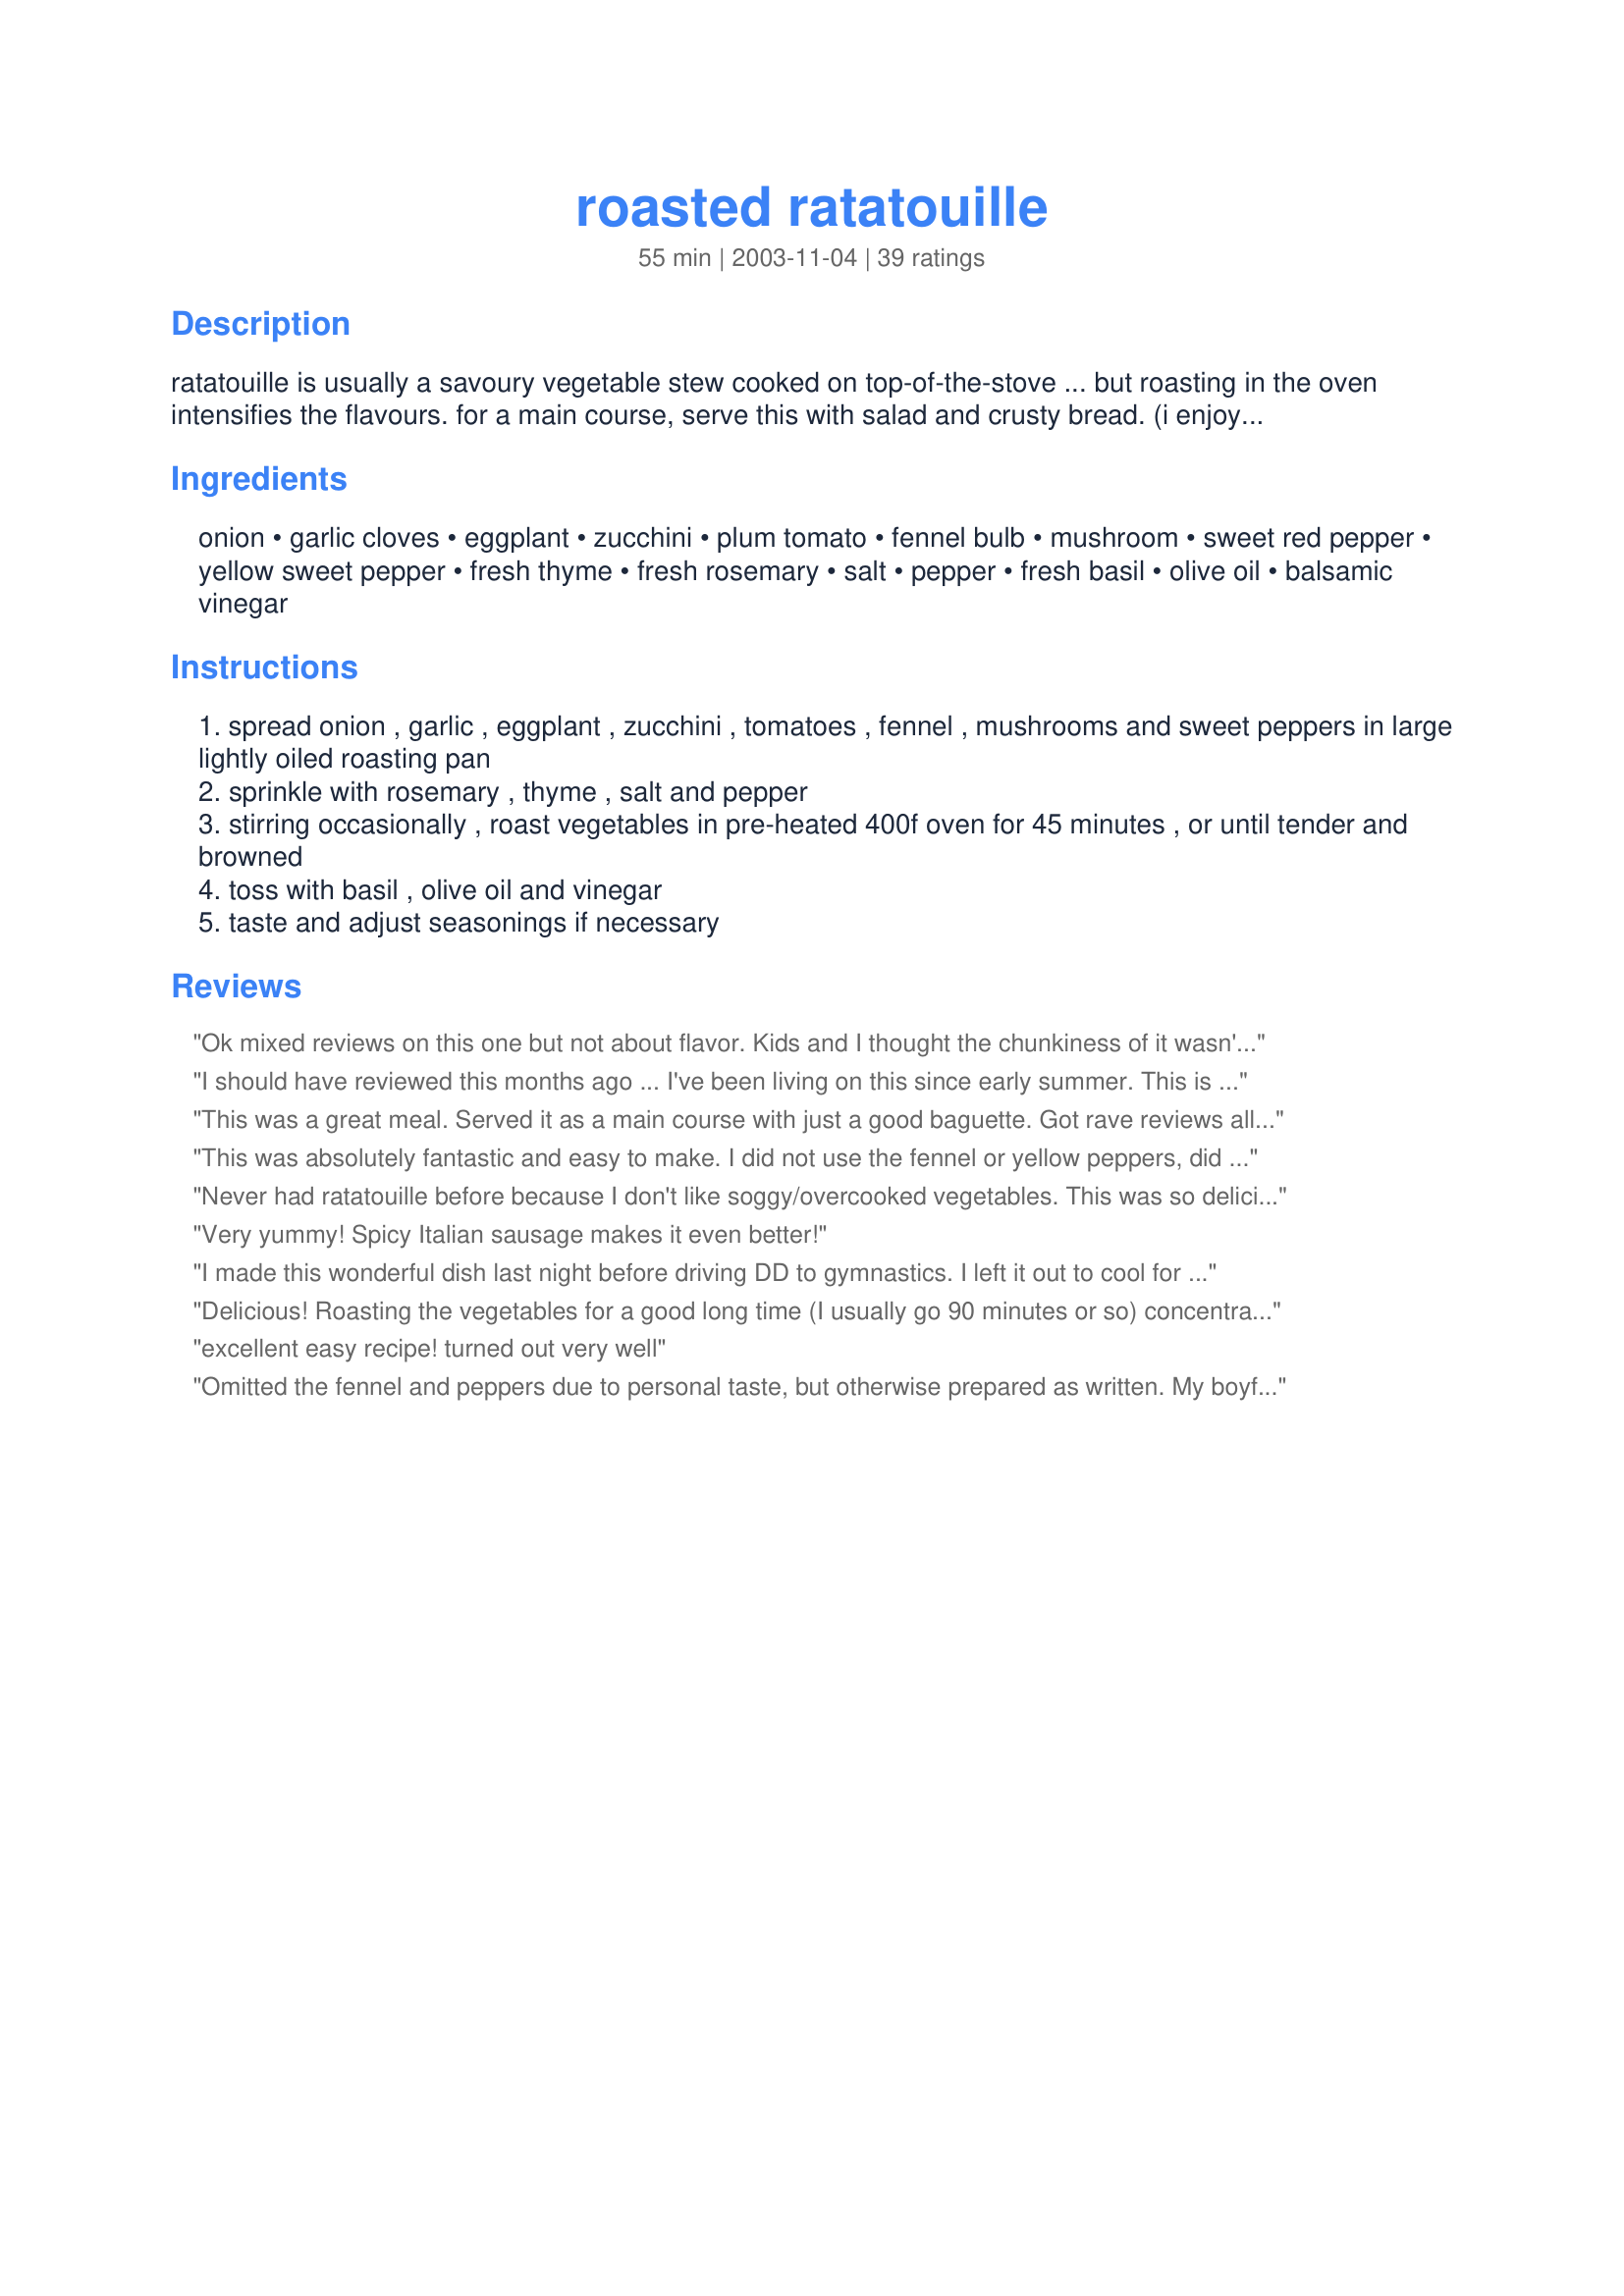
roasted ratatouille
Preparation time: 55 minutes

ratatouille is usually a savoury vegetable stew cooked on top-of-the-stove ... but roasting in the oven intensifies the flavours. for a main course, serve this with salad and crusty bread. (i enjoy it on top of shredded lettuce with a dollop of yogurt cheese.) the recipe comes from bonnie stern's more heartsmart cooking.

Ingredients:
onion, garlic cloves, eggplant, zucchini, plum tomato, fennel bulb, mushroom, sweet red pepper, yellow sweet pepper, fresh thyme, fresh rosemary, salt, pepper, fresh basil, olive oil, balsamic vinegar

Steps:
spread onion , garlic , eggplant , zucchini , tomatoes , fennel , mushrooms and sweet peppers in large lightly oiled roasting pan
sprinkle with rosemary , thyme , salt and pepper
stirring occasionally , roast vegetables in pre-heated 400f oven for 45 minutes , or until tender and browned
toss with basil , olive oil and vinegar
taste and adjust seasonings if necessary

Reviews:
Ok mixed reviews on this one but not about flavor. Kids and I thought the chunkiness of it wasn't our favorite. Though I loved the flavor anyways, just a texture thing I guess. But my husband is a big fan of it. Definitely going to make it again, but for the kids and maybe me, I'll just blend it up a bit to make it more saucy. Thank you!
I should have reviewed this months ago ... I've been living on this since early summer. This is THE best ratatouille recipe I've ever come across. It's the only way I'll prepare it now -- other recipes are too soupy for me. I love the fact that all the vegetables retain their texture and individual flavors, instead of turning into one giant stew. I particularly love the piquancy that the vinegar gives it -- I've been using 1/4 cup white balsamic vinegar to one Tbsp. olive oil, and about a half-cup of fresh basil. I've also started using grape tomatoes instead of plum tomatoes; the grape tomatoes are particularly sweet when roasted (and you don't have to chop up quite as much). This is a fabulous recipe, has helped me lose my final 10 pounds on WW, and I can't thank you enough for posting it!!!
This was a great meal. Served it as a main course with just a good baguette. Got rave reviews all around, even from my mother-in-law's best friend who only eats boxed-meals loved it. Changed the sweet red pepper to Anaheim peppers to add a little spice to it. Tasted perfect.
This was absolutely fantastic and easy to make. I did not use the fennel or yellow peppers, did not have on hand. Will definitely be making this dish again! I think this would be a nice potluck dish.
Never had ratatouille before because I don't like soggy/overcooked vegetables. This was so delicious! My kids "yummed" it right up! I substituted grape tomatoes for the plum tomatoes. Didn't have fennel. Added about 3/4 cup diced feta cheese at the end and used white balsamic vinegar. Thank you for the great recipe!
Very yummy! Spicy Italian sausage makes it even better!
I made this wonderful dish last night before driving DD to gymnastics. I left it out to cool for an hour and then popped it back in the oven to reheat shortly before dinner. However, dinner was delayed and I forgot the ratatouille in the oven. But what I thought was going to be a disaster turned into something wonderful because the vegetables had all caramelized into the most amazing taste. Next time I will cook this for an hour and a half! I used the eggplant, garlic, fennel, leeks, a Vidalia onion, zucchini, and yellow squash. This would be awesome with a winter squash, as well. Thx so much!
**Saved in my Top 2008 Recipes Cookbook!
Delicious! Roasting the vegetables for a good long time (I usually go 90 minutes or so) concentrates their flavor and really elevates this Ratatouille. I use your recipe as a starting point, and add or subtract veggies according to what's in the CSA box. So today no fennel but added in a patty-pan squash and an extra summer squash. I usually serve this on linguine with lots of Romano cheese. Leftovers will be topping pizzas next week. Thanks for a versatile, super-healthy way to eat our vegetables.
excellent easy recipe!
turned out very well
Omitted the fennel and peppers due to personal taste, but otherwise prepared as written. My boyfriend and I practically inhaled it . . . the aroma in the house tempted us the whole time it was in the oven, and it was every bit as good as it smelled! An excellent recipe which I will definitely be making again and again. Thanks!
Man this is good and so low cal. I kind of jockeyed around the vegetables to fit what I had (or forgot to buy) but used the same spice mix and fresh basil/oil/balsamic toss at the end. Used 2 Ichiban eggplant cut about 1"thick, 2 smaller zucchini, grape tomatoes and the rest but the mushrooms. It's going to be made for dinner again tonight! Loved it!
Super. I had gotten a fennel bulb in my CSA box--didn't know what I was going to do with it. This was a great recipe--and I got to use the garlic, eggplant, zucchini and tomatoes as well!! Really good.
This was great, nice and simple. I didn't have all the vegetables listed, but it's a very versatile recipe so it's fun just choosing your favourite vegetables and roasting them. I ended up roasting everything for over an hour, maybe an hour and twenty minutes, just keeping an eye on them till they looked perfect. Might even let it go for longer next time since I really enjoyed the caramelized flavours. Thanks!
loved it, loved it, loved it. Easy to prepare, and freezes well. We tried this, in honor of the movie, for my kids who love to help me cook. I added some roasted sweet pepper seasoning to it, and the kids couldn't get enough of it. Even DH, who isn't the biggest zucchini fan in the world declared this one a winner!
This is the best ratatouille recipe I've tried! So easy & not soupy. Thanks!
This is delicious! Will make this again !
I had some eggplant fear having never cooked it and having read it can become bitter but this dish was delicious. Even my husband, who normally won't touch half of these vegetables, was impressed. I later used some of the veggies as a pizza topping which was also a hit. <br/><br/>I wasn't a huge fan of the fennel although I liked it more than I expected since I don't like licorice/anise flavors. I'll use less or omit it next time.
I have not been a fan of eggplant dishes that I have made in the past. This time, I found a Japanese-style eggplant and gave it another go. This was really wonderful. Of course, as everyone does, I altered to what I had on hand and personal taste...yada, yada, yada.
DELICIOUS! I love Rataouille and roasting it does bring out the wonderful flavors of the vegetables. I followed the instructions except for leaving out the fennel because I didn't have any. The fresh herbs and then at the end adding a little olive oil, balsamic vinegar and fresh basil put this over the top. Made for Bounce the Ball for Summer Fun Tag Game.
Very, very good! So much simpler than the traditional recipe and the flavors were fabulous. I really liked the fennel. This will be a regular in our house. Thanks!
I&#039;ve never made ratatouille before, but this was a great first recipe to try because it&#039;s fool-proof and delicious! All of the flavors of the different vegetables go together so well and the roasting really adds to the dish. Delicious served over pasta and sprinkled with some Parmesan.
I just made this! I used what I had on hand, which was almost the same except no fennel or mushroom and I added yellow summer squash. It was so good! I didn't even bother with the olive oil and vinegar at the end because the veggies were so sweet and carmelized! Yum! thanks for the recipe!
Very good, I have made this many times, almost the same...only thing I do different and it makes a huge difference, is I &quot;smoke&quot; the eggplant, just stick it over gas stove burner till the skin is burnt black on all sides, you can do the peppers like this but they are easier to roast in oven ...but this method gives the eggplant a deep smoky taste you cannot get in oven...maybe possibly under broiler? It is easy to peel it, just put it in a bag after it is charred and peel off black charred skin, and rinse off the little charred specks. It is really soft and cooked at that point, add at the end to warm with the other veggies. Try it and you will never roast it in the oven again. You can also do it on grill but you really need to stick it in flames to get the burn. I learned this in Sicily, Italy back in 70&#039;s. They make this classic French dish with almost exactly the same ingredients but I think it is even better.
We eat a lot of ratatouille and this one cooked for us by mummamills was especially good. I also make a baked one, but the fennel was a great addition to this version.
This was so delicious!! The house smelled heavenly. Thank you so much for posting. It&#039;s very hard to get my family to eat different veggies outside from &quot;regular stuff&quot;. My son, who on many occasions has said he doesn&#039;t like eggplant or bell peppers. Told me that the eggplant was good, but that his favorite were the bell peppers! My husband ate it without any complaint or comment; when he says nothing, it means he likes it.
Thank you again. If I could give it more stars, I would.
A ten star recipe! I have never met a vegetable that I haven't enjoyed roasted, so this method of preparation was over the top delicious...much better to my taste than the stewed type of ratatouille.
This is fabulous! I never would have thought to add in fennel but it added something really nice! We added a bit of spice with Cayenne pepper in with the others - I agree with KLHquilts that next time I might add a little more vinegar. But the way the vegetables softened and combined flavors.....Delicious!! We thought after cutting the vegetables that it would serve 12 people, but it REALLY cooks down and was perfect for 4-6. Great recipe! Thanks!
I've made this dish a couple of times, each time it comes out a little different. I just love the ease of putting it in the oven and just stirring it occasionally. Thanks for a great veggie dish!
Wow, this is so good and so easy. Like some others, I cooked this about twice as long as the recipe called for since at 45 minutes nothing was brown and everything was still very raw looking. After 90 minutes at 400, it was wonderful. I posted two pictures so everyone could see how much the mixture cooked down. I used my oven broiler pan and thought that I had made too much as it was full to almost overflowing when I put it in the oven. Afterwards, it was only about 1/6th of the original volume. This will made often in our house. The flavours are delightful, the veggies are colourful. And it&#039;s healthy.
Outstanding recipe!! The Balsamic Vinigar and fresh Basil at the end where a great ExtraThanks for such a great recipe. Koechin/Chef
This is just FANTASTIC! The only thing different I did was to sprinkle the vegies with a bit of Olive oil before baking and sprinkle it with Herb de Provence. Great on Angel Hair pasta and/or Persian Saffron Rice. Thank you so much for posting it!

Ferryal
This was a lovely recipe. I followed it to a T except that I used beefsteak tomatoes instead of grape, and I used half the recommended amount of fennel. Although I love the licorice taste, my husband does not, so we split the baby and I used half the recommended amount fennel. I thought half the amount worked well and added a subtle but noticeably different background flavor to the roast. While other reviewers recommended roasting the vegetables for double the amount of time listed, I found the recommended amount of roasting time to be perfect. The vegetables were cooked through while still retaining their individual consistency--i.e. this wasn&#039;t vegetable mush. This recipe is a keeper.
Outstanding! The whole house smells yummy!
Great recipe! I personally like to add just a touch of marinara to this. If you like this one try &quot;Marinade for grilled vegetables&quot; from this site!
Excellent recipe. I didn't have zucchini or fennel but the flavor was great. DH almost ate the whole recipe by himself.
I followed each ingredient amount and each step precisely, religiously even. The result was a pile of poor vegetables that were dried out and still raw. The dish was pretty and it smelled nice, but the taste was of pure charred disappointment. I felt downright guilty subjecting such beautiful, fresh vegetables to such a wasteful fate. Would not make again nor recommend to anyone.
What a forgiving recipe! I like use grape tomatoes but I've also altered which veggies I put in depending on what I've got. It always turns out amazing! I do make sure to bake it for at least an hour and a half. Up to 2 hours, checking and stirring every 20 mins for the first hour and every 10-15 mins after that. The longer roast means all the veggies carmelize together. My fave way to serve this dish is actually cold. I stuff it in a whole wheat pita and top with a little sheep's milk feta. It's a really easy way to stick with your diet! This is definitely one of my fave veggie dishes of all time!
Great recipe! Preferable to stewed ratatouille. Served with whole wheat crepes and it was a perfect vegetarian meal.
I loved this! Sooooo good. I will be making this again and again. With the leftovers I made a deep dish pan pizza and used this for the toppings. Absolutely heaven! I was depressed when I ate it all and couldn&#039;t have any more!! Thanks for the recipe Gerry!!
